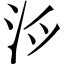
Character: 𪵯